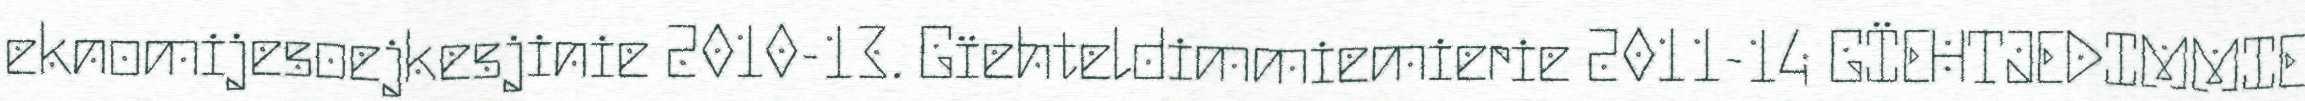
eknomijesoejkesjinie 2010-13. Gïehteldimmiemierie 2011-14 GÏEHTJEDIMMIE